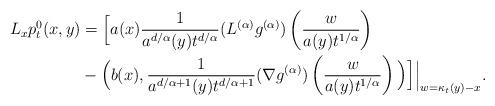
\begin{align*}L_xp_t^0(x,y)&=\Big[a(x)\frac{1}{a^{d/\alpha}(y)t^{d/\alpha} } (L^{(\alpha)} g^{(\alpha)})\left(\frac{w}{a(y)t^{1/\alpha}} \right)\\&-\Big(b(x), \frac{1}{a^{d/\alpha+1}(y)t^{d/\alpha+1} } (\nabla g^{(\alpha)})\left(\frac{w}{a(y)t^{1/\alpha}} \right)\Big)\Big]\Big|_{w=\kappa_t(y)-x}.\end{align*}